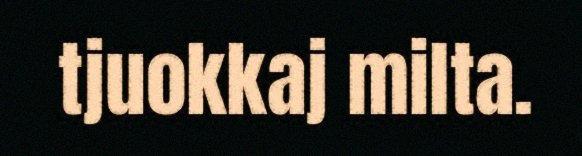
tjuokkaj milta.